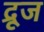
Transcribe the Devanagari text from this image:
द्रूज